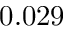
0 . 0 2 9